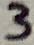
Text: 3